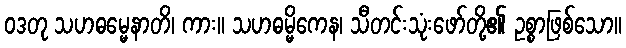
ဝဒတု သဟဓမ္မေနာတိ၊ ကား။ သဟဓမ္မိကေန၊ သီတင်းသုံးဖော်တို့၏ ဥစ္စာဖြစ်သော။